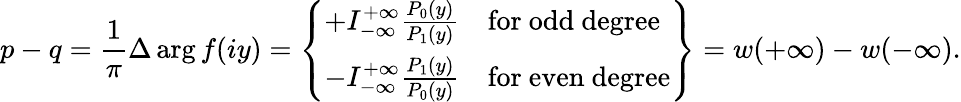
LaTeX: p-q={\frac{1}{\pi}}\Delta\arg f(iy)=\left.{\left\{ \begin{array}{ll}{+I_{-\infty}^{+\infty}{\frac{P_{0}(y)}{P_{1}(y)}}}&{{\mathrm{for~odd~degree}}}\\ {-I_{-\infty}^{+\infty}{\frac{P_{1}(y)}{P_{0}(y)}}}&{{\mathrm{for~even~degree}}}\end{array}\right.}\right\} =w(+\infty)-w(-\infty).